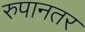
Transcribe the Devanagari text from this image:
रुपानतर